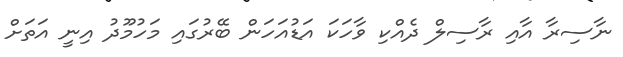
ނާސިރާ އާއި ރާސިލް ދެއްކި ވާހަކަ އަޑުއަހަން ބޭރުގައި މަހުމޫދު އިނީ އަތަށް